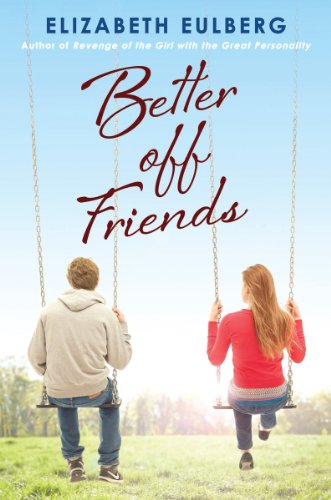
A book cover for Better Off Friends; Elizabeth Eulberg; Teen & Young Adult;